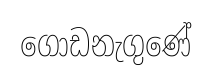
ගොඩනැගුණේ